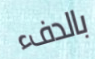
بالدفء